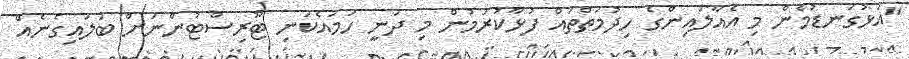
"އަޅުގަނޑުމެން މި އެއާލައިންގެ ހިދުމަތްތައް ފުޅާކުރަމުން މި ދަނީ ހަމައެކަނި ޓޫރިސްޓުންނަށް ބަލައިގެނެއް